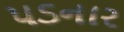
પડનાર